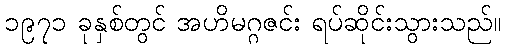
၁၉၇၁ ခုနှစ်တွင် အဟိမဂ္ဂဇင်း ရပ်ဆိုင်းသွားသည်။